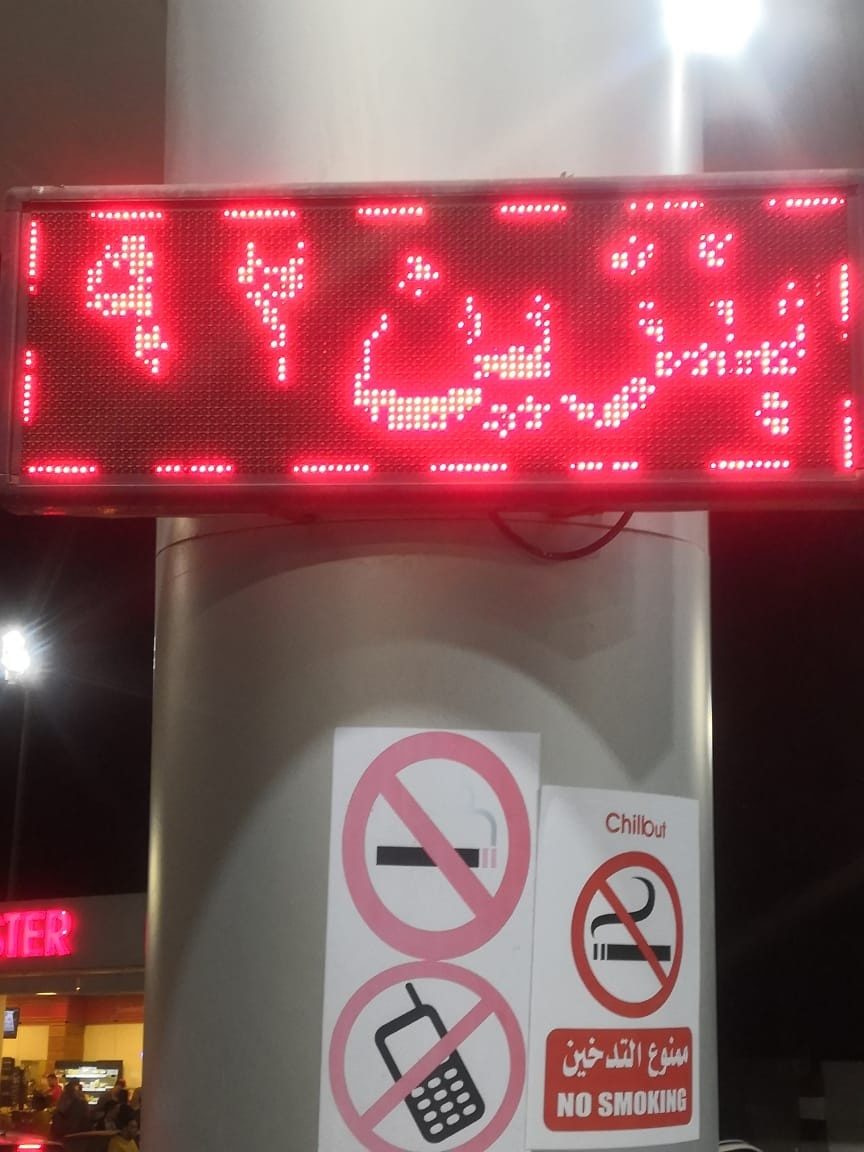
Text in image: 92 بنزين التدخين ممنوع Chillout TER SMOKING NO